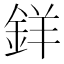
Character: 𨦡